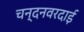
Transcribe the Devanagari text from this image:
चन्दनवरदाई